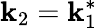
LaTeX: \mathbf{k}_{2}=\mathbf{k}_{1}^{\ast}